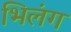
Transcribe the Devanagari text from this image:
भिलंग